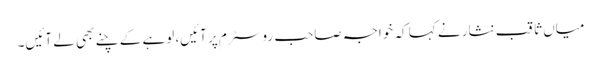
میاں ثاقب نثار نے کہا کہ خواجہ صاحب روسٹرم پر آئیں، لوہے کے چنے بھی لے آئیں۔